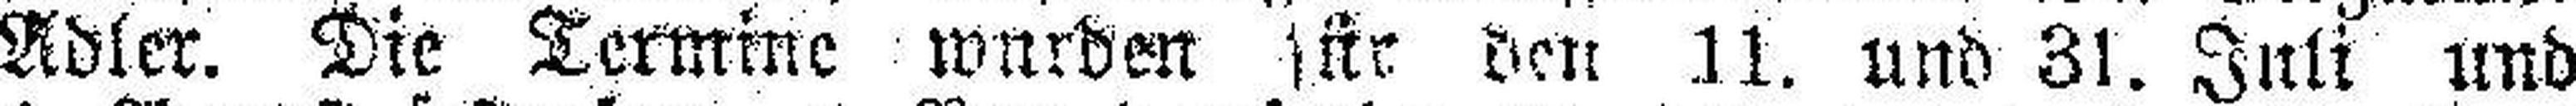
Adler. Die Termine wurden für den .11. und 31. Juli und